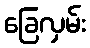
ခြေလှမ်း